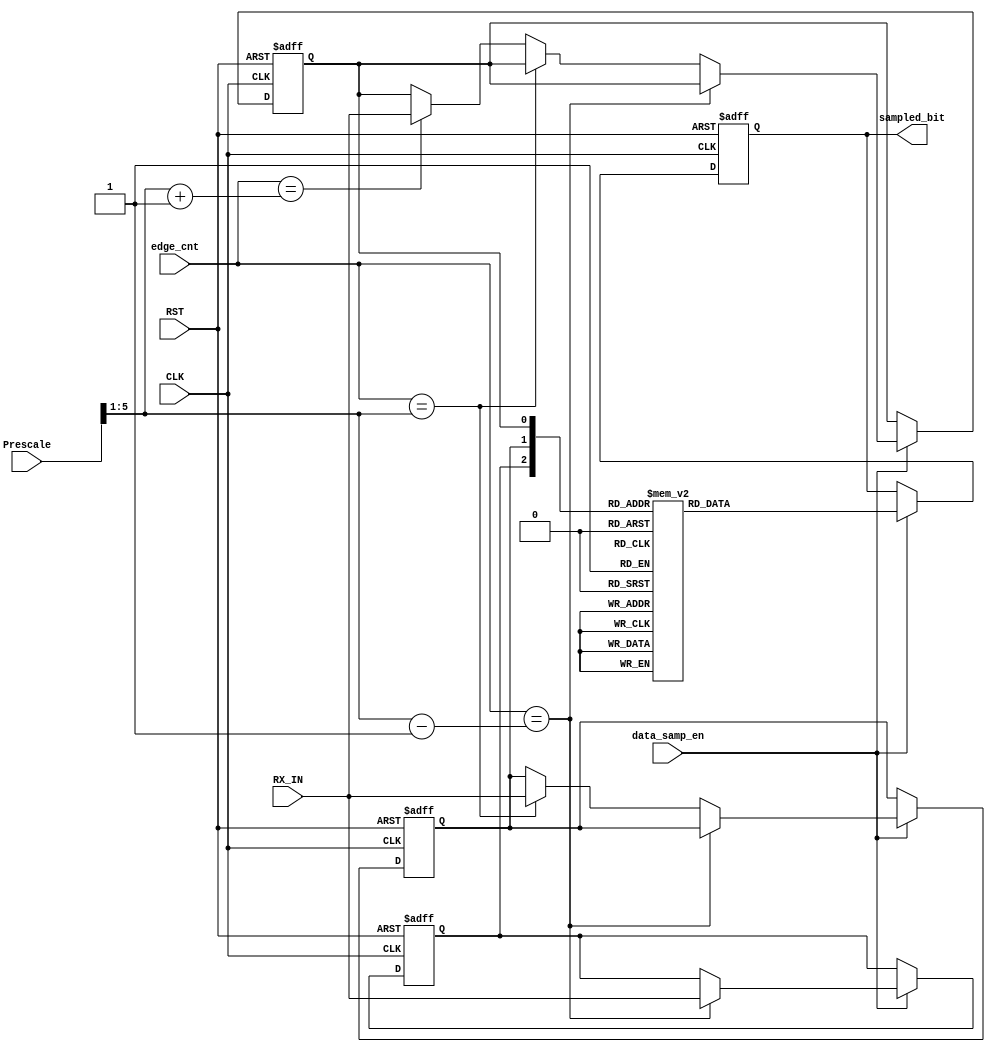

module data_sampling (
	input		wire				CLK,
	input		wire				RST,
	input		wire   [5:0]		Prescale,
	input		wire				RX_IN,
	input		wire				data_samp_en,
	input		wire   [5:0]		edge_cnt,
	output		reg					sampled_bit
	);

// our 3 samples
reg			sample1,sample2,sample3;



//sequential always
always @(posedge CLK,negedge RST) begin
	if(!RST) begin
		sample1			<=		'b0;
		sample2			<=		'b0;
		sample3			<=		'b0;
		sampled_bit		<=		'b0;	
	end
	else if(data_samp_en)	begin
		if(edge_cnt	==	(Prescale>>1) - 1'b1)	begin  // take sample 1
			sample1		<=	RX_IN;
		end
		else if (edge_cnt	==	(Prescale>>1) ) begin  // take sample 2 (middle sampling bit)
			sample2		<=	RX_IN;
		end
		else if (edge_cnt	==	(Prescale>>1) + 1'b1 ) begin  // take sample 3
			sample3		<=	RX_IN;
		end
		

		case({sample1,sample2,sample3})
			'b000,'b010,'b001,'b100 : begin
				sampled_bit		<=		'b0;	
			end
			'b111,'b110,'b011,'b101 : begin
				sampled_bit		<=		'b1;
			end	
		endcase

	end



end



endmodule